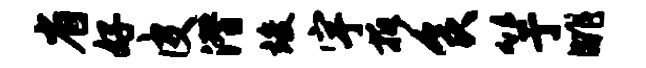
省好皮潜竣宇拆食竽眺